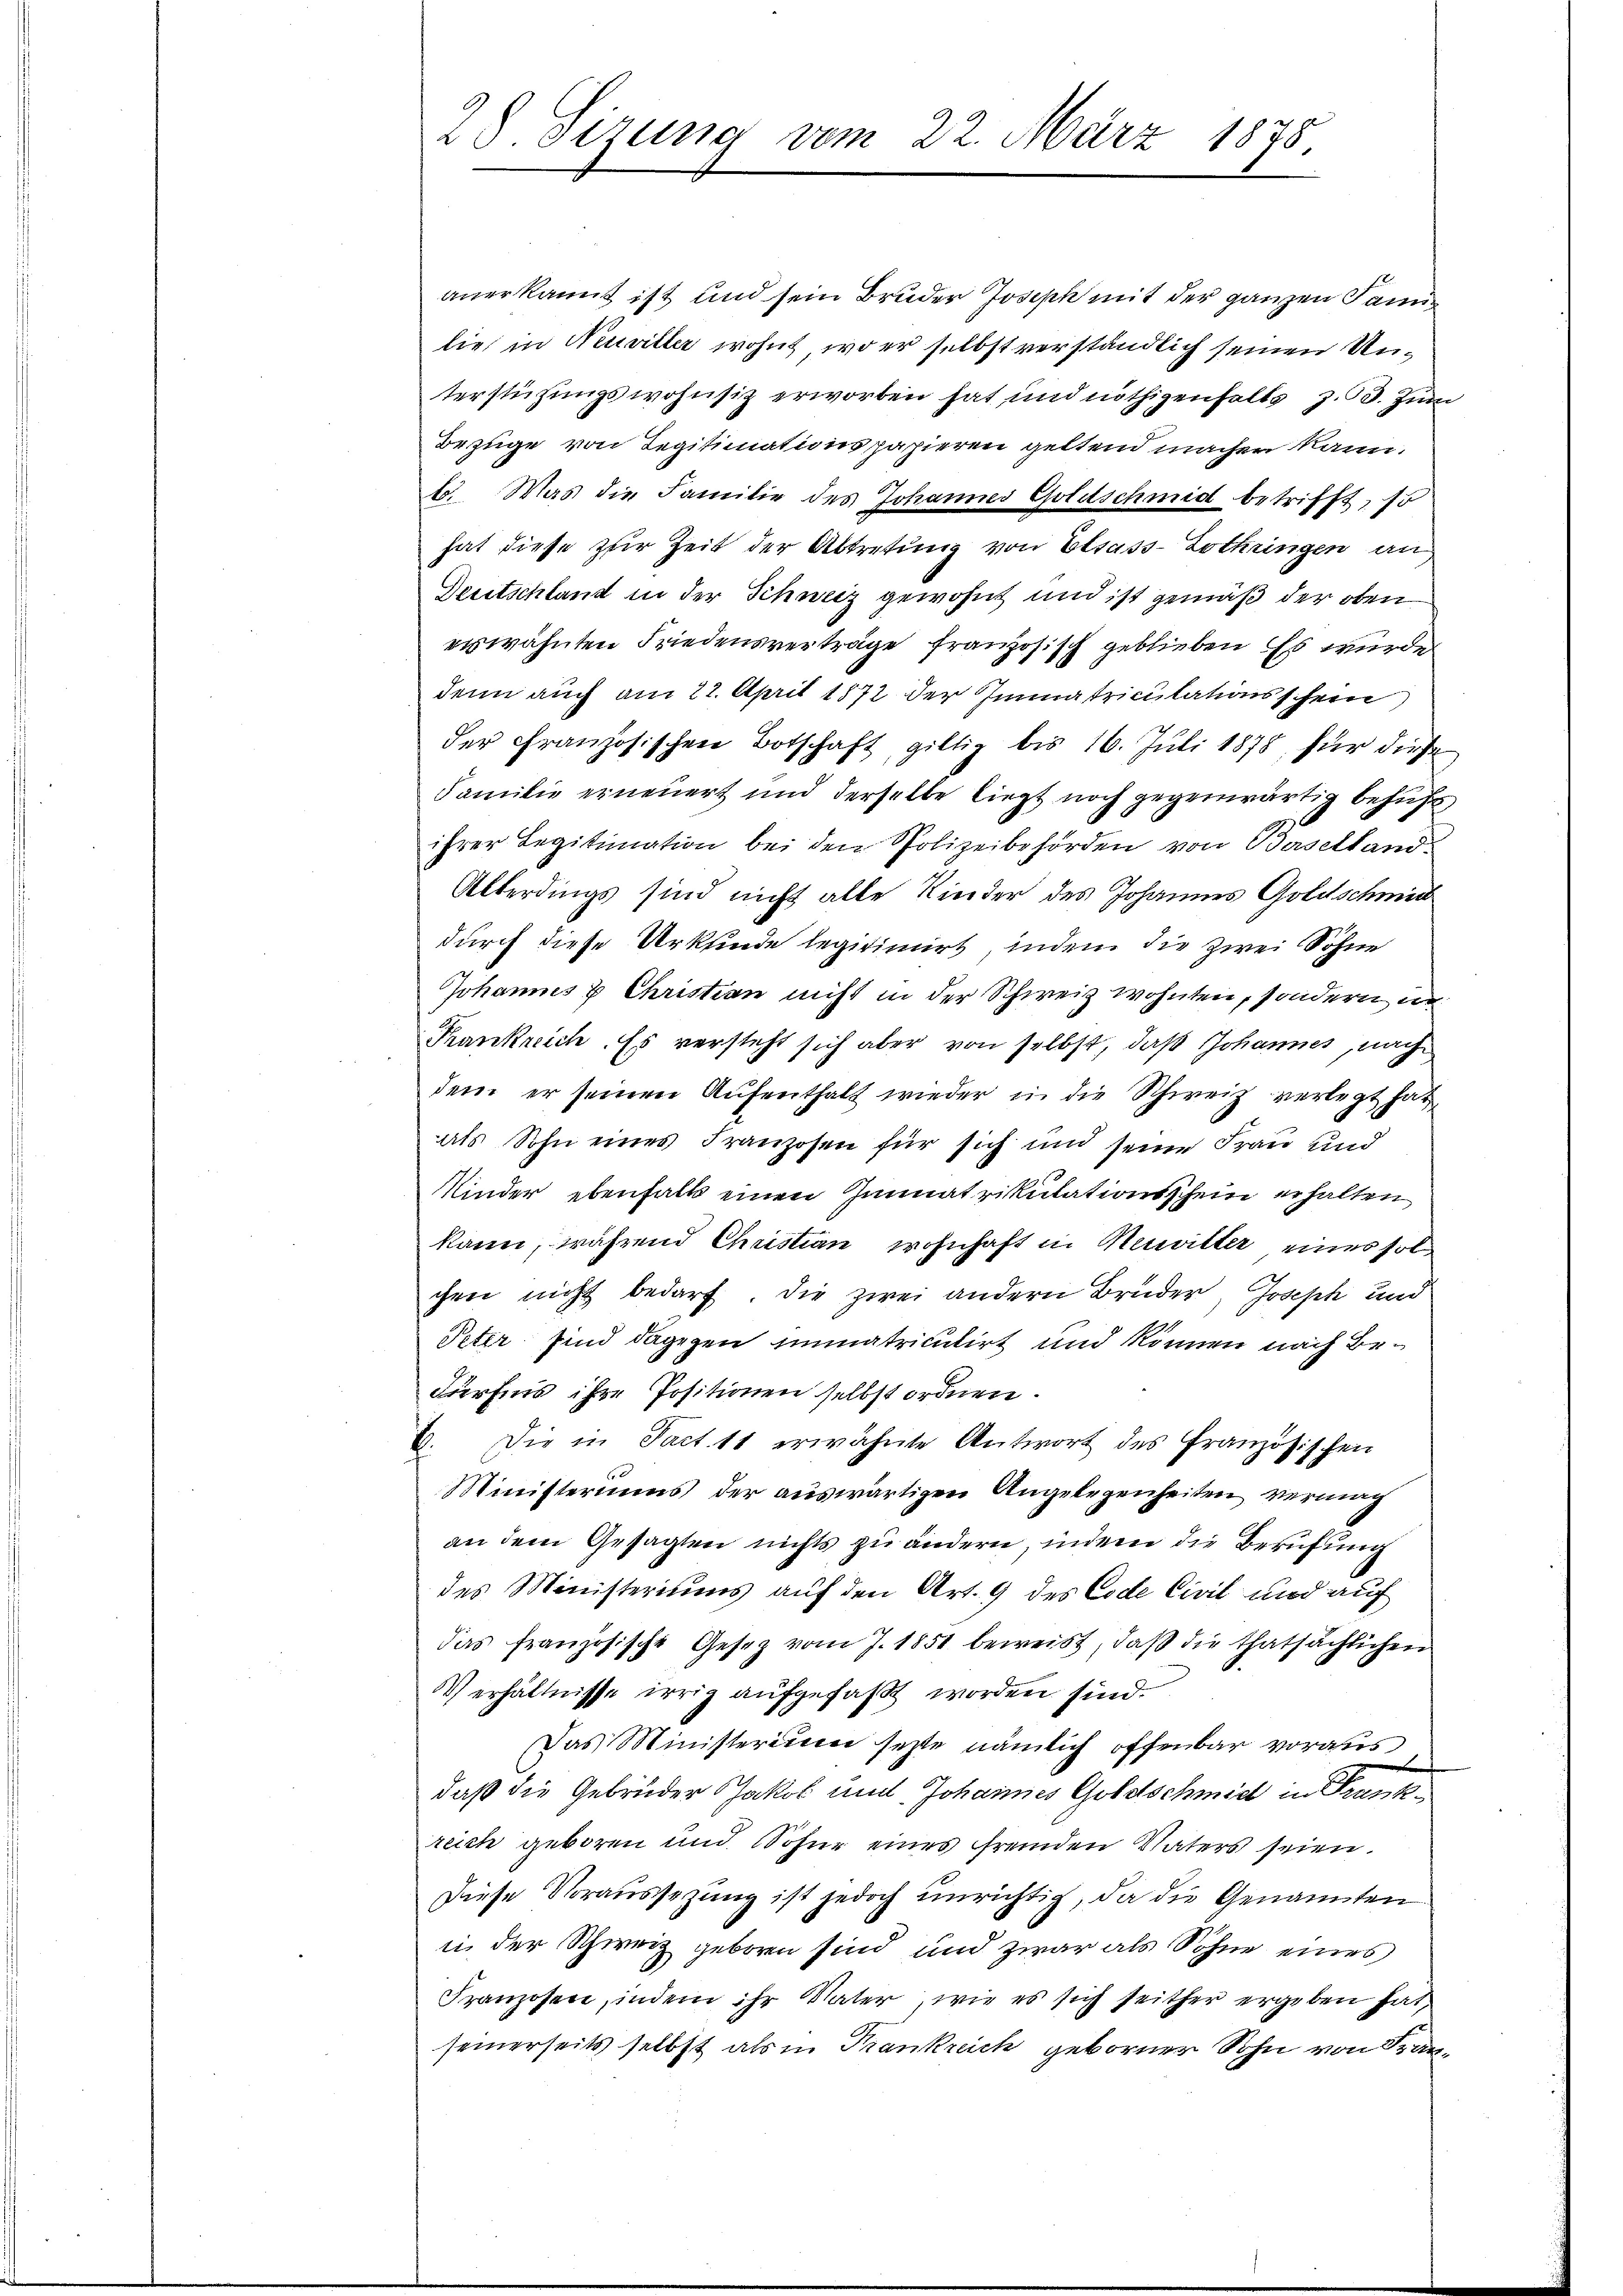
anerkannt ist und sein Bruder Joseph mit der ganzen Sanilie, in Neuviller wohnt, wo er selbst verständlich seinen Unterstützungswohnsitz erworben hat und nöthigenfalls z. 53. Zum
Bezüge von Regitimationspapieren geltend machen kann.
6. Was die Familie des Johannes Goldschmid betrifft, so
hat diese zur Zeit der Abtretung von Elsass-Lothringen an
Deutschland in der Schweiz gewohnt und ist gemäß der oben
eswähnten Friedensverträge französisch geblieben. Es wurde
denn auch am 22. April 1872 der Immatriculationsschein
der Französischen Botschaft, giltig bis 16. Juli 1878, für diese
Familie erneuert und derselbe liegt noch gegenwärtig behuf
ihrer Legitimation bei den Polizeibehörden von Baselland¬
Alterdings sind nicht alle Kinder des Johannes Goldschmid
durch diese Urkfinde legitimirt, indem die zwei Sohne
Johannes u Christian nicht in der Schweiz wohnten, sondern un
Frankreich. Es versteht sich aber von selbst, daß Johannes, nach
dem er seinen Aufenthalt wieder in die Schweiz verlegt hat
als Sohn eines Franzosen für sich und seine Frau und
Minder ebenfalls einen Immatrikulationsschein erhalten
kann, während Christian wohnhaft in Merwitter eines sol
chen nicht bedarf. Die zwei andern Brüder, Joseph und
Peter sind dagegen immatriculirt und können nach Bedürfnis ihre Positionen selbst ordnen.
Die in Fact. 11 erwähnte Antwort des Französischen
E
Ministeriums der auswärtigen Angelegenheiten vermag
an dem Gesagten nichts zu ändern, indem die Berufung
des Ministeriums auf den Art. 9 des Code Civil und auf
das französische Gesetz vom J. 1851 beweist, daß die thatsächlichen
Verhältnisse irrig aufgefaßt worden sind.
Das Ministerium sezte nämlich offenbar voraus
daß die Gebrüder Jakob und Johannes Goldschmid in Frankreich geboren und Sohne eines fremden Vaters seien.
Diese Voraussezung ist jedoch unrichtig, da die Genannten
in der Schweiz geboren sind und zwar als Sohne eines
Franzosen, indem ihr Vater, wie es sich seither ergeben hat,
seinerseits selbst als in Krankreich geborner Sohn von Fran¬

28. Sizung vom 22. März 1878.